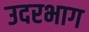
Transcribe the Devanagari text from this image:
उदरभाग